Insane asylums in Bengal annual reports 1876-1887 - 1876-1887
Year: 1876
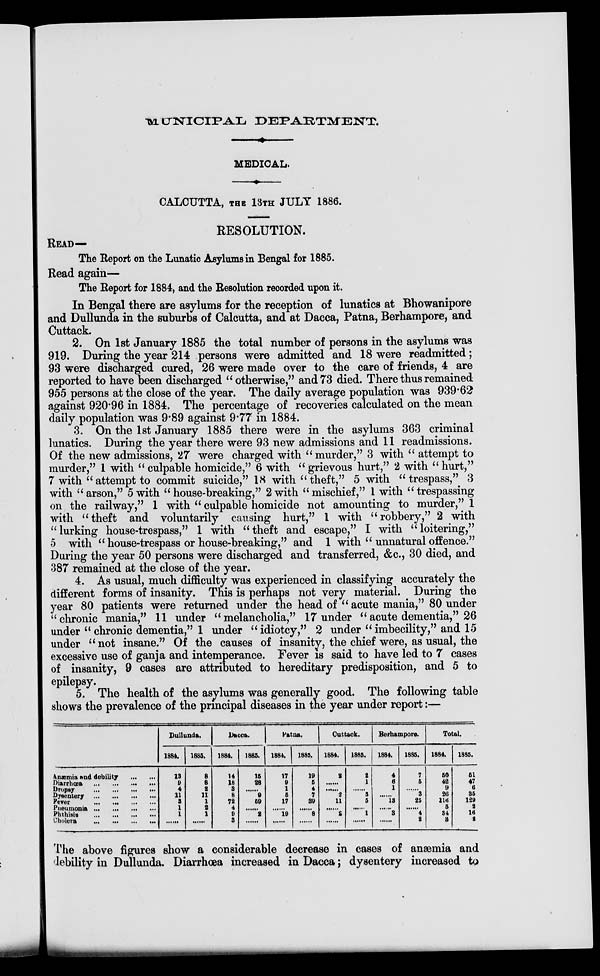
MUNICIPAL
DEPARTMENT.
MEDICAL.
CALCUTTA, THE 13TH JULY 1886.
RESOLUTION.
READ—
The Report on the Lunatic Asylums in Bengal for 1885.
Read again—
The Report for 1884, and the Resolution recorded upon it.
In Bengal there are asylums for the reception of lunatics at Bhowanipore
and Dullunda in the suburbs of Calcutta, and at Dacca, Patna, Berhampore, and
Cuttack.
2. On 1st January 1885 the total number of persons in the asylums was
919. During the year 214 persons were admitted and 18 were readmitted;
93 were discharged cured, 26 were made over to the care of friends, 4 are
reported to have been discharged " otherwise," and 73 died. There thus remained
955 persons at the close of the year. The daily average population was 939.62
against 920.96 in 1884. The percentage of recoveries calculated on the mean
daily population was 9.89 against 9.77 in 1884.
3. On the 1st January 1885 there were in the asylums 363 criminal
lunatics. During the year there were 93 new admissions and 11 readmissions.
Of the new admissions, 27 were charged with " murder," 3 with " attempt to
murder," 1 with " culpable homicide," 6 with " grievous hurt," 2 with " hurt,"
7 with " attempt to commit suicide," 18 with " theft," 5 with "trespass," 3
with " arson," 5 with " house-breaking," 2 with " mischief," 1 with " trespassing
on the railway," 1 with " culpable homicide not amounting to murder," 1
with "theft and voluntarily causing hurt," 1 with "robbery," 2 with
"lurking house-trespass," 1 with "theft and escape," I with "loitering,"
5 with " house-trespass or house-breaking," and 1 with " unnatural offence."
During the year 50 persons were discharged and transferred, &c, 30 died, and
387 remained at the close of the year.
4. As usual, much difficulty was experienced in classifying accurately the
different forms of insanity. This is perhaps not very material. During the
year 80 patients were returned under the head of " acute mania," 80 under
"chronic mania," 11 under "melancholia," 17 under "acute dementia," 26
under " chronic dementia," 1 under " idiotcy," 2 under " imbecility," and 15
under " not insane." Of the causes of insanity, the chief were, as usual, the
excessive use of ganja and intemperance. Fever is said to have led to 7 cases
of insanity, 9 cases are attributed to hereditary predisposition, and 5 to
epilepsy.
5. The health of the asylums was generally good. The following table
shows the prevalence of the principal diseases in the year under report:—
Anæmia and debility
...
...
Diarrhœa
...
...
...
...
Dropsy
...
...
...
...
...
Dysentery
...
...
...
...
Fever
...
...
...
...
Pneumonia
...
...
...
...
Phthisis ... ... ... ... ...
Cholera
...
...
...
...
...
Dullunda.
1884.
13
9
4
11
3
1
1
......
1885.
8
8
2
11
1
2
1
......
Dacca.
1884.
14
18
3
8
72
4
9 3
1885.
15
28
......
9
59
......
2
......
Patna.
1884.
17
9
1
5
17
......
19
......
1885.
19
5
4
7
39
......
8
......
Cuttack.
1884.
2
......
......
2
11
......
2
......
1885.
2
1
......
5
5
......
1
......
Berhampore.
1884.
4
6
1
......
13
......
3
......
1885.
7
6
......
3
25
......
4
2
Total.
1884.
50
42
9
26
116
5
34
8
1885.
51
47
6
35
129
9
16
2
The above figures show a considerable decrease in cases of anæmia and
debility in Dullunda. Diarrhœa increased in Dacca; dysentery increased to